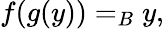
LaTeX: f(g(y))=_{B}y,